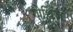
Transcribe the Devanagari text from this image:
गोथिज